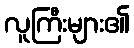
လူကြီးများ၏